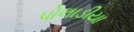
પોલાડીયા